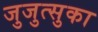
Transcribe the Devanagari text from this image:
जुजुत्सुका